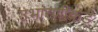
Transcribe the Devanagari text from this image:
उभारणीकडे